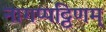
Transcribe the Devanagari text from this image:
नागप्पट्टिणम्